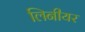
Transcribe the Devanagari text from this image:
लिनीयर